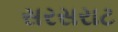
સરસરાટ